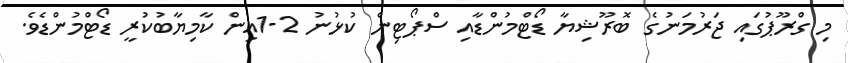
މި ގްރޫޕުގައި ޖަރުމަނުގެ ބޮރޫޝިޔާ ޑޯޓްމުންޑާއި ސްޕޯޓިން ކުޅުނު 2-1އިން ކާމިޔާބުކުރީ ޑޯޓްމުންޑެވެ.